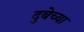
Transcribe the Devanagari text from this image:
दुबेच्या